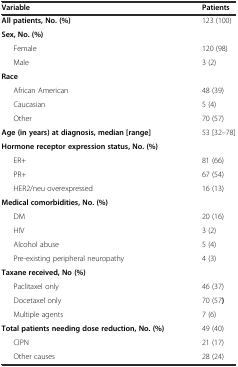
| Variable | Patients |
 | --- | --- |
 | All patients, No. (%) | 123 (100) |
 | Sex, No. (%) |  |
 | Female | 120 (98) |
 | Male | 3 (2) |
 | Race |  |
 | African American | 48 (39) |
 | Caucasian | 5 (4) |
 | Other | 70 (57) |
 | Age (in years) at diagnosis, median [range] | 53 [32–78] |
 | Hormone receptor expression status, No. (%) |  |
 | ER+ | 81 (66) |
 | PR+ | 67 (54) |
 | HER2/neu overexpressed | 16 (13) |
 | Medical comorbidities, No. (%) |  |
 | DM | 20 (16) |
 | HIV | 3 (2) |
 | Alcohol abuse | 5 (4) |
 | Pre-existing peripheral neuropathy | 4 (3) |
 | Taxane received, No (%) |  |
 | Paclitaxel only | 46 (37) |
 | Docetaxel only | 70 (57) |
 | Multiple agents | 7 (6) |
 | Total patients needing dose reduction, No. (%) | 49 (40) |
 | CIPN | 21 (17) |
 | Other causes | 28 (24) |